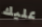
عليك